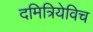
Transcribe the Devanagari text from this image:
दमित्रियेविच